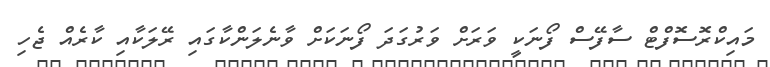
މައިކްރޮސޮފްޓް ސާފޭސް ފޯނަކީ ވަރަށް ވަރުގަދަ ފޯނަކަށް ވާނެލަންކާގައި ރޭލަކާއި ކާރެއް ޖެހި